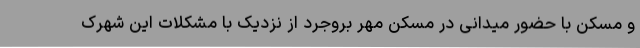
و مسکن با حضور میدانی در مسکن مهر بروجرد از نزدیک با مشکلات این شهرک